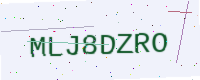
Text: MLJ8DZRO